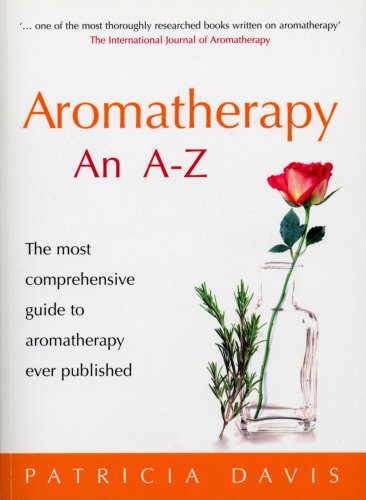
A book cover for Aromatherapy: An A-Z: The Most Comprehensive Guide to Aromatherapy Ever Published; Patricia Davis; Health, Fitness & Dieting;